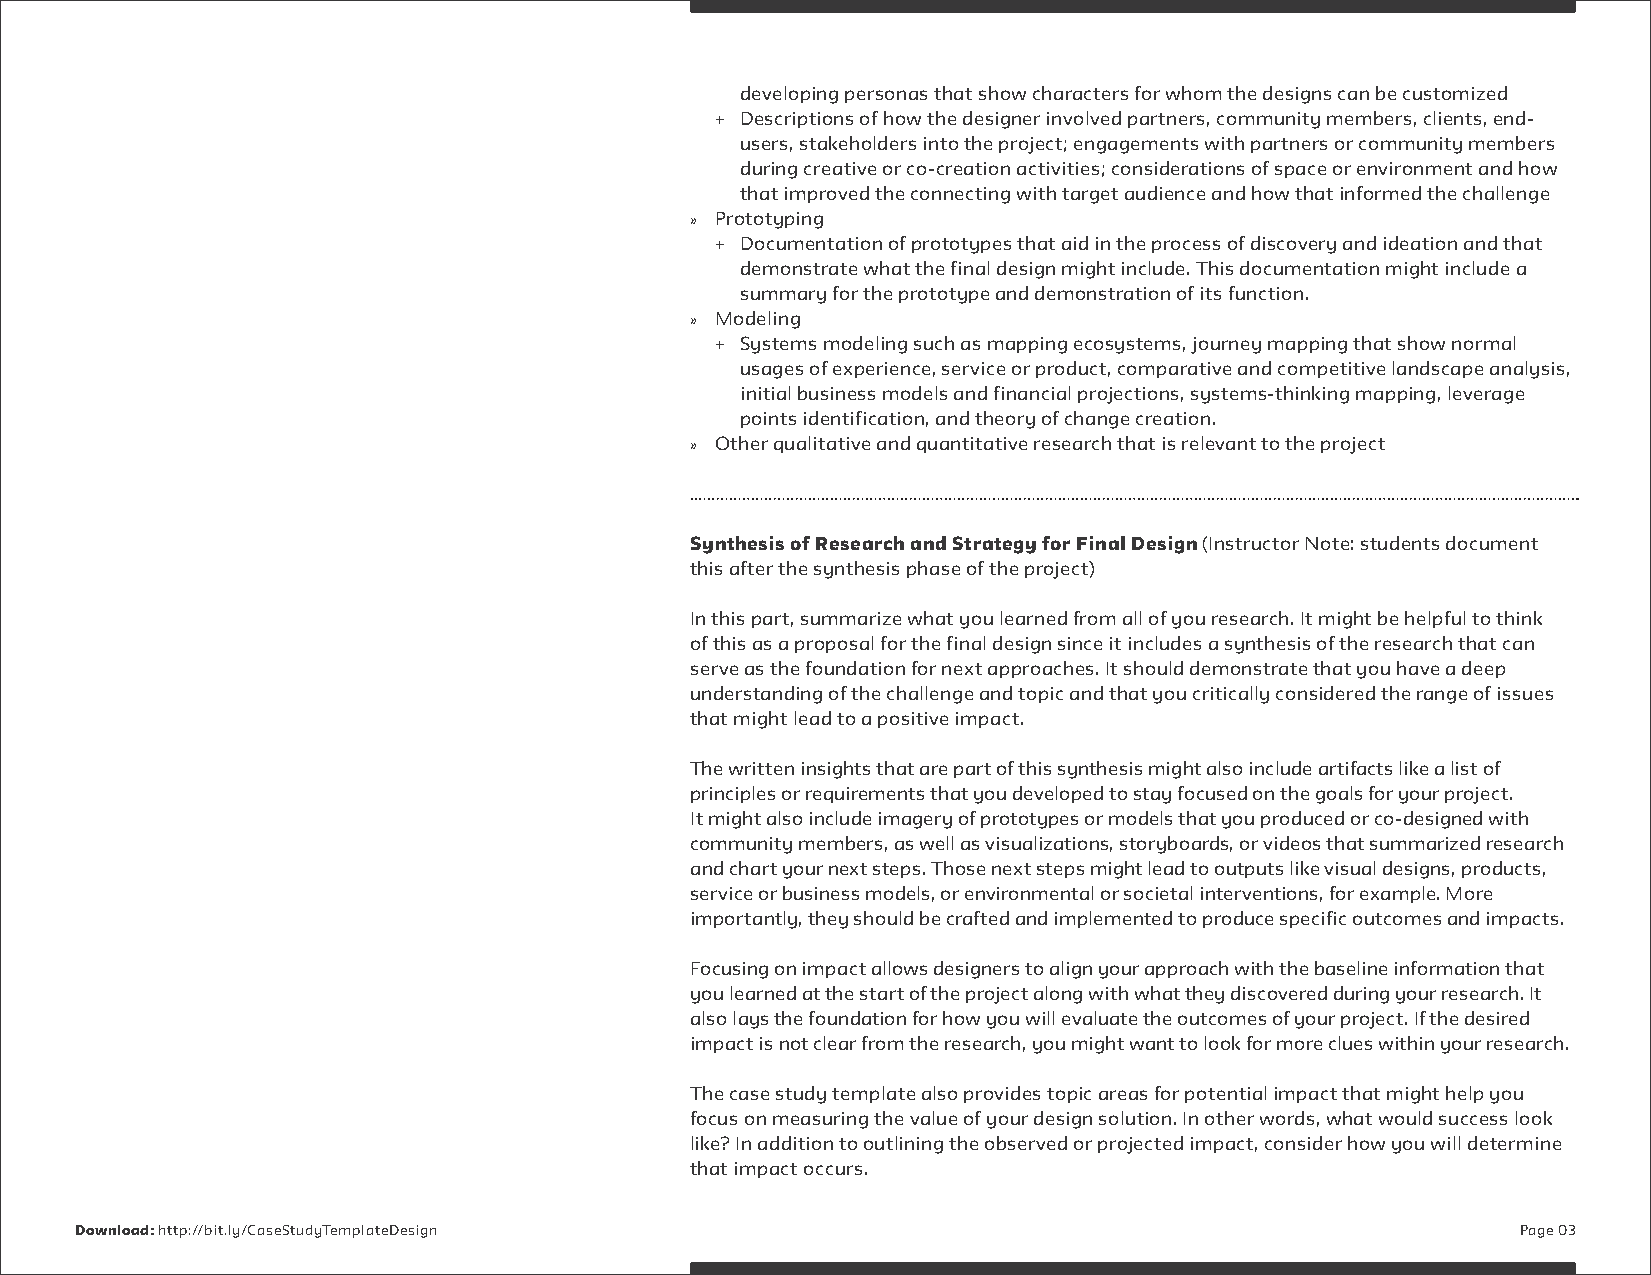
developing personas that show characters for whom the designs can be customized
 + Descriptions of how the designer involved partners, community members, clients, end-
 users, stakeholders into the project; engagements with partners or community members
 during creative or co-creation activities; considerations of space or environment and how
 that improved the connecting with target audience and how that informed the challenge
 » Prototyping
 + Documentation of prototypes that aid in the process of discovery and ideation and that
 demonstrate what the final design might include. This documentation might include a
 summary for the prototype and demonstration of its function.
 » Modeling
 + Systems modeling such as mapping ecosystems, journey mapping that show normal
 usages of experience, service or product, comparative and competitive landscape analysis,
 initial business models and financial projections, systems-thinking mapping, leverage
 points identification, and theory of change creation.
 » Other qualitative and quantitative research that is relevant to the project
 Synthesis of Research and Strategy for Final Design (Instructor Note: students document
 this after the synthesis phase of the project)
 In this part, summarize what you learned from all of you research. It might be helpful to think
 of this as a proposal for the final design since it includes a synthesis of the research that can
 serve as the foundation for next approaches. It should demonstrate that you have a deep
 understanding of the challenge and topic and that you critically considered the range of issues
 that might lead to a positive impact.
 The written insights that are part of this synthesis might also include artifacts like a list of
 principles or requirements that you developed to stay focused on the goals for your project.
 It might also include imagery of prototypes or models that you produced or co-designed with
 community members, as well as visualizations, storyboards, or videos that summarized research
 and chart your next steps. Those next steps might lead to outputs like visual designs, products,
 service or business models, or environmental or societal interventions, for example. More
 importantly, they should be crafted and implemented to produce specific outcomes and impacts.
 Focusing on impact allows designers to align your approach with the baseline information that
 you learned at the start of the project along with what they discovered during your research. It
 also lays the foundation for how you will evaluate the outcomes of your project. If the desired
 impact is not clear from the research, you might want to look for more clues within your research.
 The case study template also provides topic areas for potential impact that might help you
 focus on measuring the value of your design solution. In other words, what would success look
 like? In addition to outlining the observed or projected impact, consider how you will determine
 that impact occurs.
 Download: http://bit.ly/CaseStudyTemplateDesign                                                 Page 03